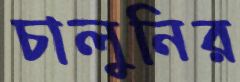
চালুনির